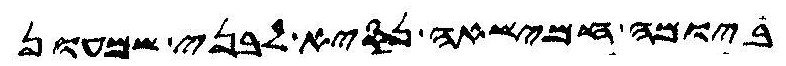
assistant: ביומה חמישאה נסיא לבני שמעון